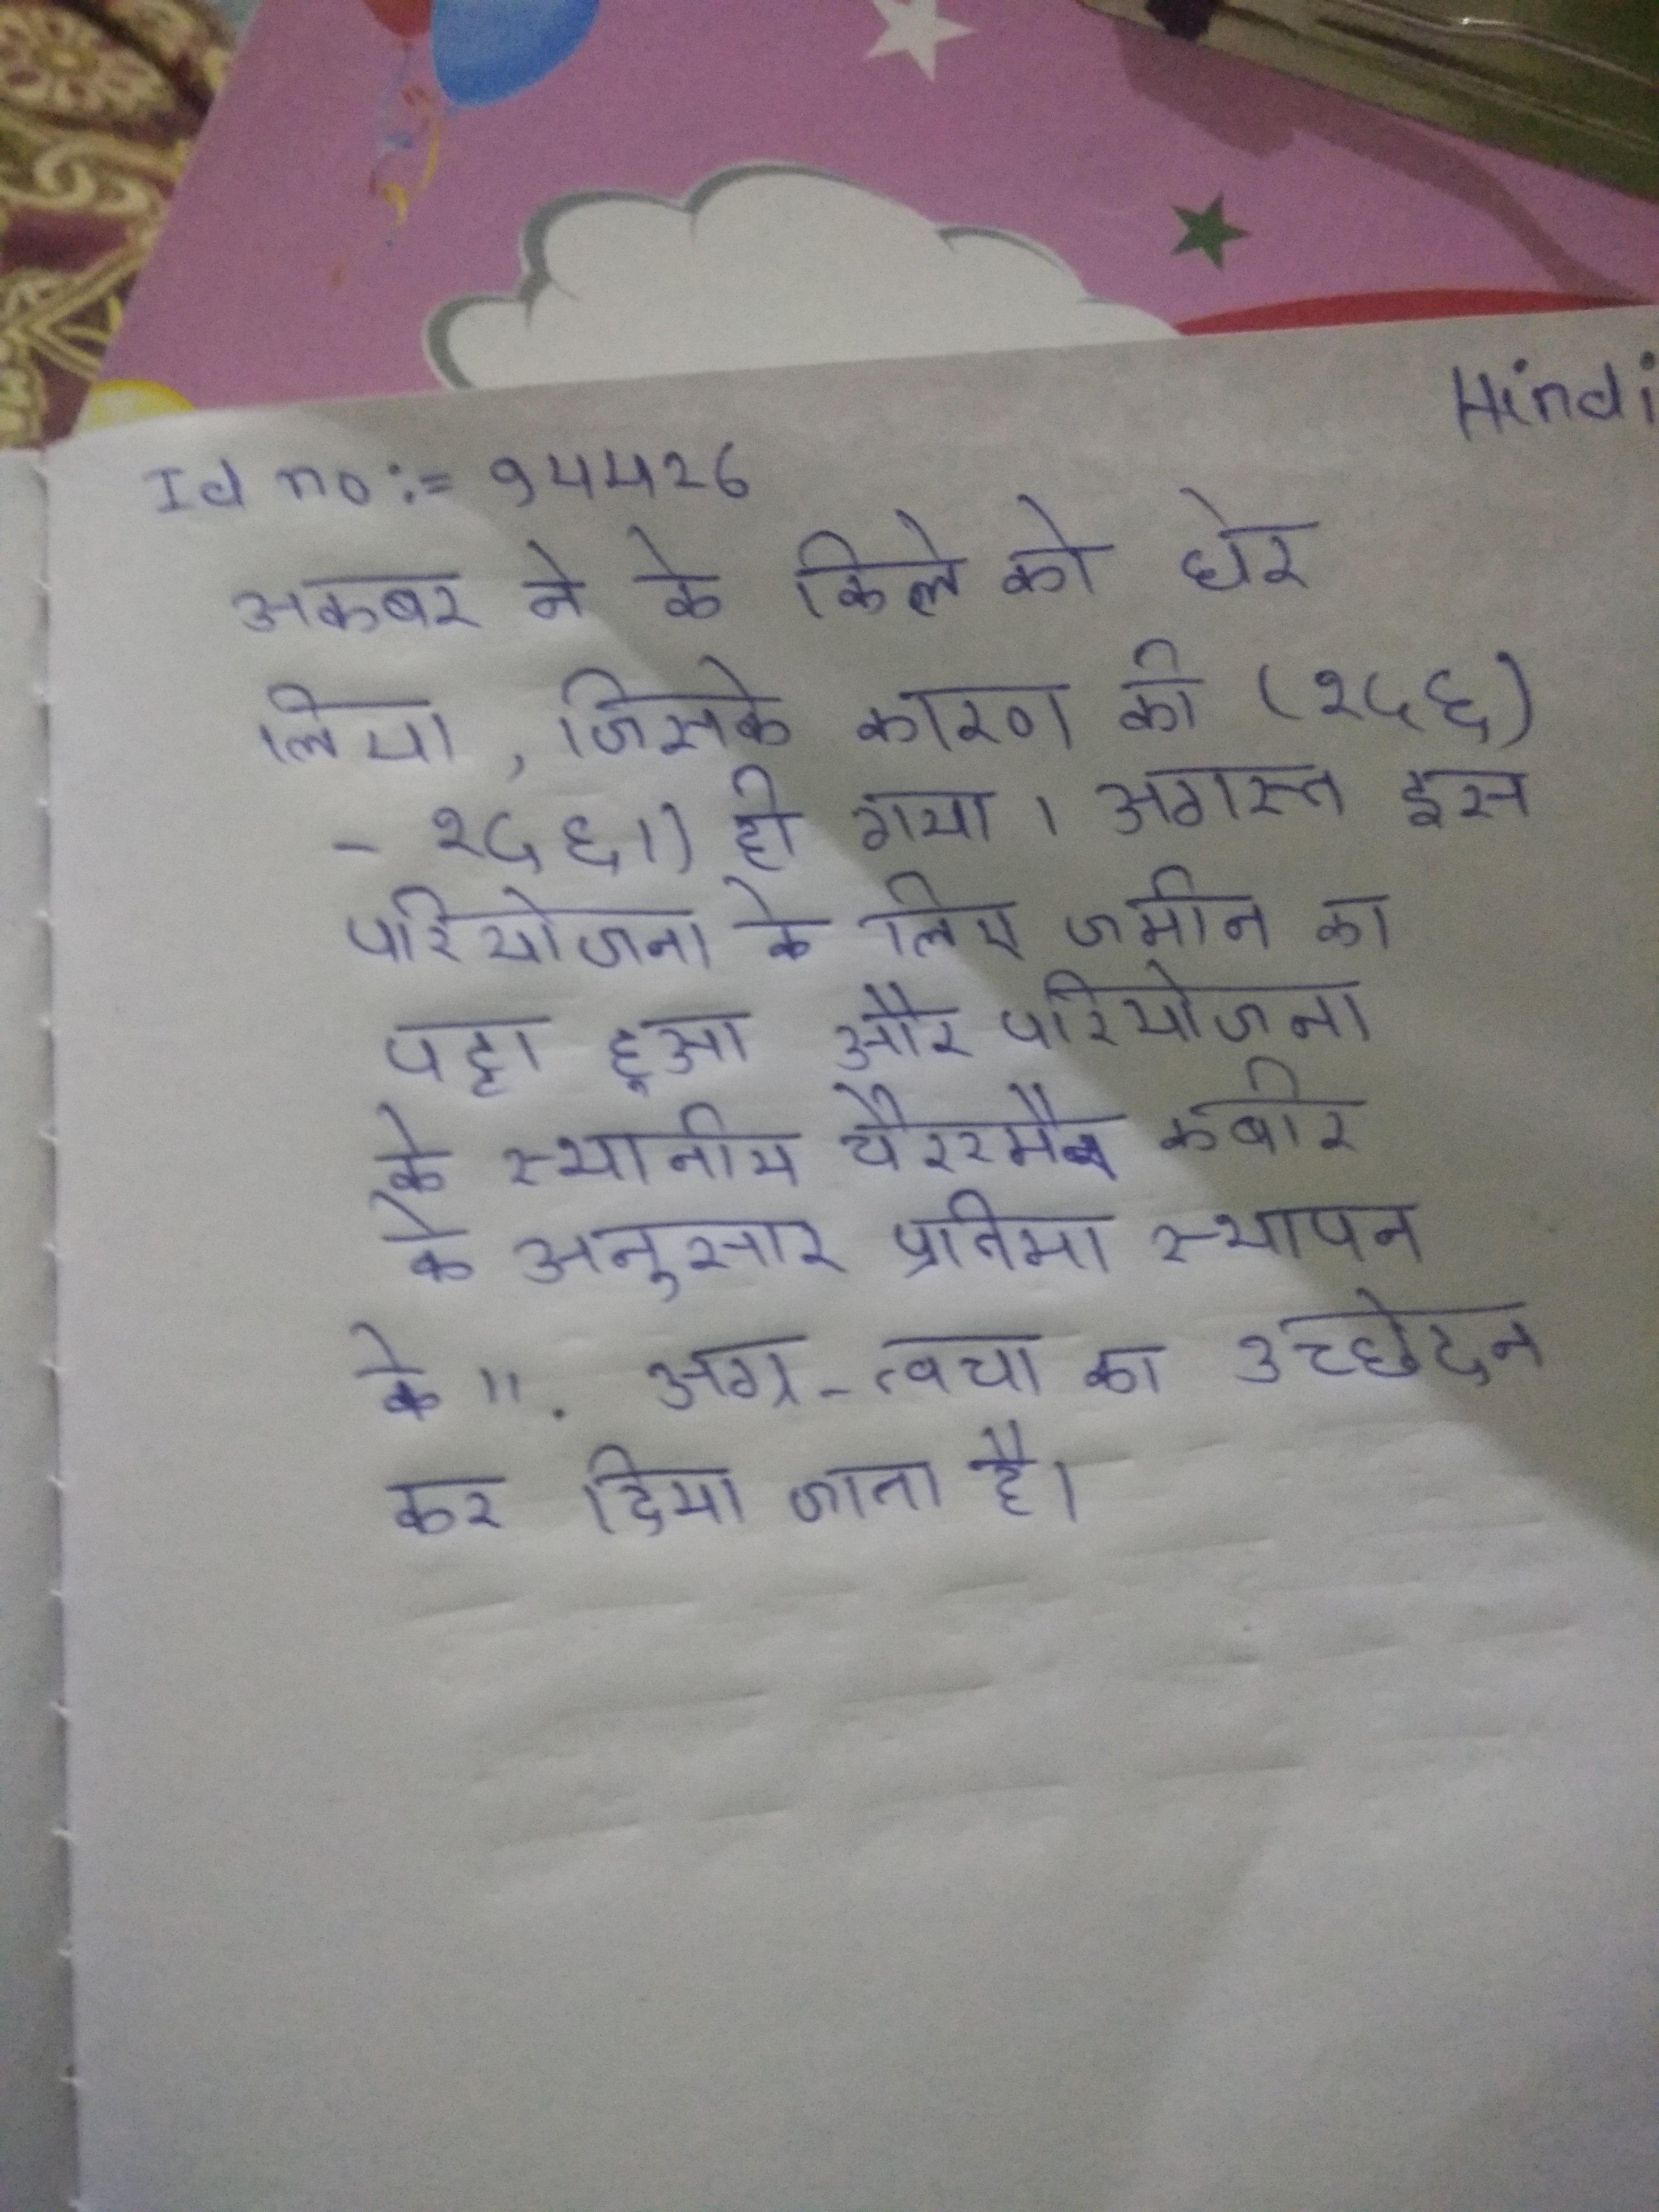
अकबर ने के किले को घेर लिया, जिसके कारण की (१५६)-१५६।) हो गया । अगस्त इस परियोजना के लिए जमीन का पट्टा हुआ और परियोजना के स्थानीय चेयरमैन कबीर के अनुसार प्रतिमा स्थापन के " . अग्र-त्वचा का उच्छेदन कर दिया जाता है ।